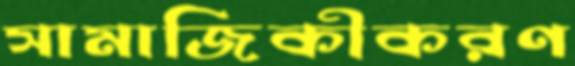
সামাজিকীকরণ